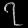
Digit: ၇